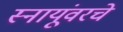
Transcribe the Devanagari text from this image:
स्नायूंवरचे